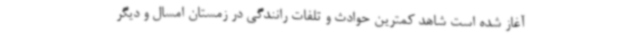
آغاز شده است شاهد کمترین حوادث و تلفات رانندگی در زمستان امسال و دیگر